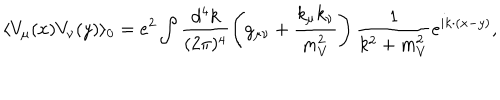
\langle V _ { \mu } ( x ) V _ { \nu } ( y ) \rangle _ { 0 } = e ^ { 2 } \int \frac { d ^ { 4 } k } { ( 2 \pi ) ^ { 4 } } \left( g _ { \mu \nu } + \frac { k _ { \mu } k _ { \nu } } { m _ { V } ^ { 2 } } \right) \frac { 1 } { k ^ { 2 } + m _ { V } ^ { 2 } } e ^ { i k \cdot ( x - y ) } ,